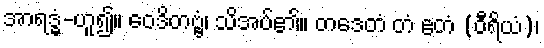
အာရဒ္ဓံ-ဟူ၍။ ဝေဒိတဗ္ဗံ၊ သိအပ်၏။ တဒေတံ တံ ဧတံ (ဝီရိယံ)၊